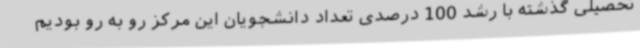
تحصیلی گذشته با رشد 100 درصدی تعداد دانشجویان این مرکز رو به رو بودیم